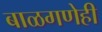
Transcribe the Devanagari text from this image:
बाळगणेही